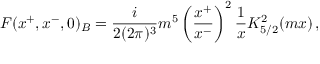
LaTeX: F ( x ^ { + } , x ^ { - } , 0 ) _ { B } = \frac { i } { 2 ( 2 \pi ) ^ { 3 } } m ^ { 5 } \left( \frac { x ^ { + } } { x ^ { - } } \right) ^ { 2 } \frac { 1 } { x } K _ { 5 / 2 } ^ { 2 } ( m x ) \, ,